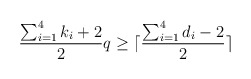
\begin{align*} \frac{\sum_{i=1}^4 k_i+2}{2}q\ge \lceil \frac{\sum_{i=1}^4 d_i -2}{2} \rceil\end{align*}